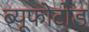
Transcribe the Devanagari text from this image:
ब्यूफोटोड